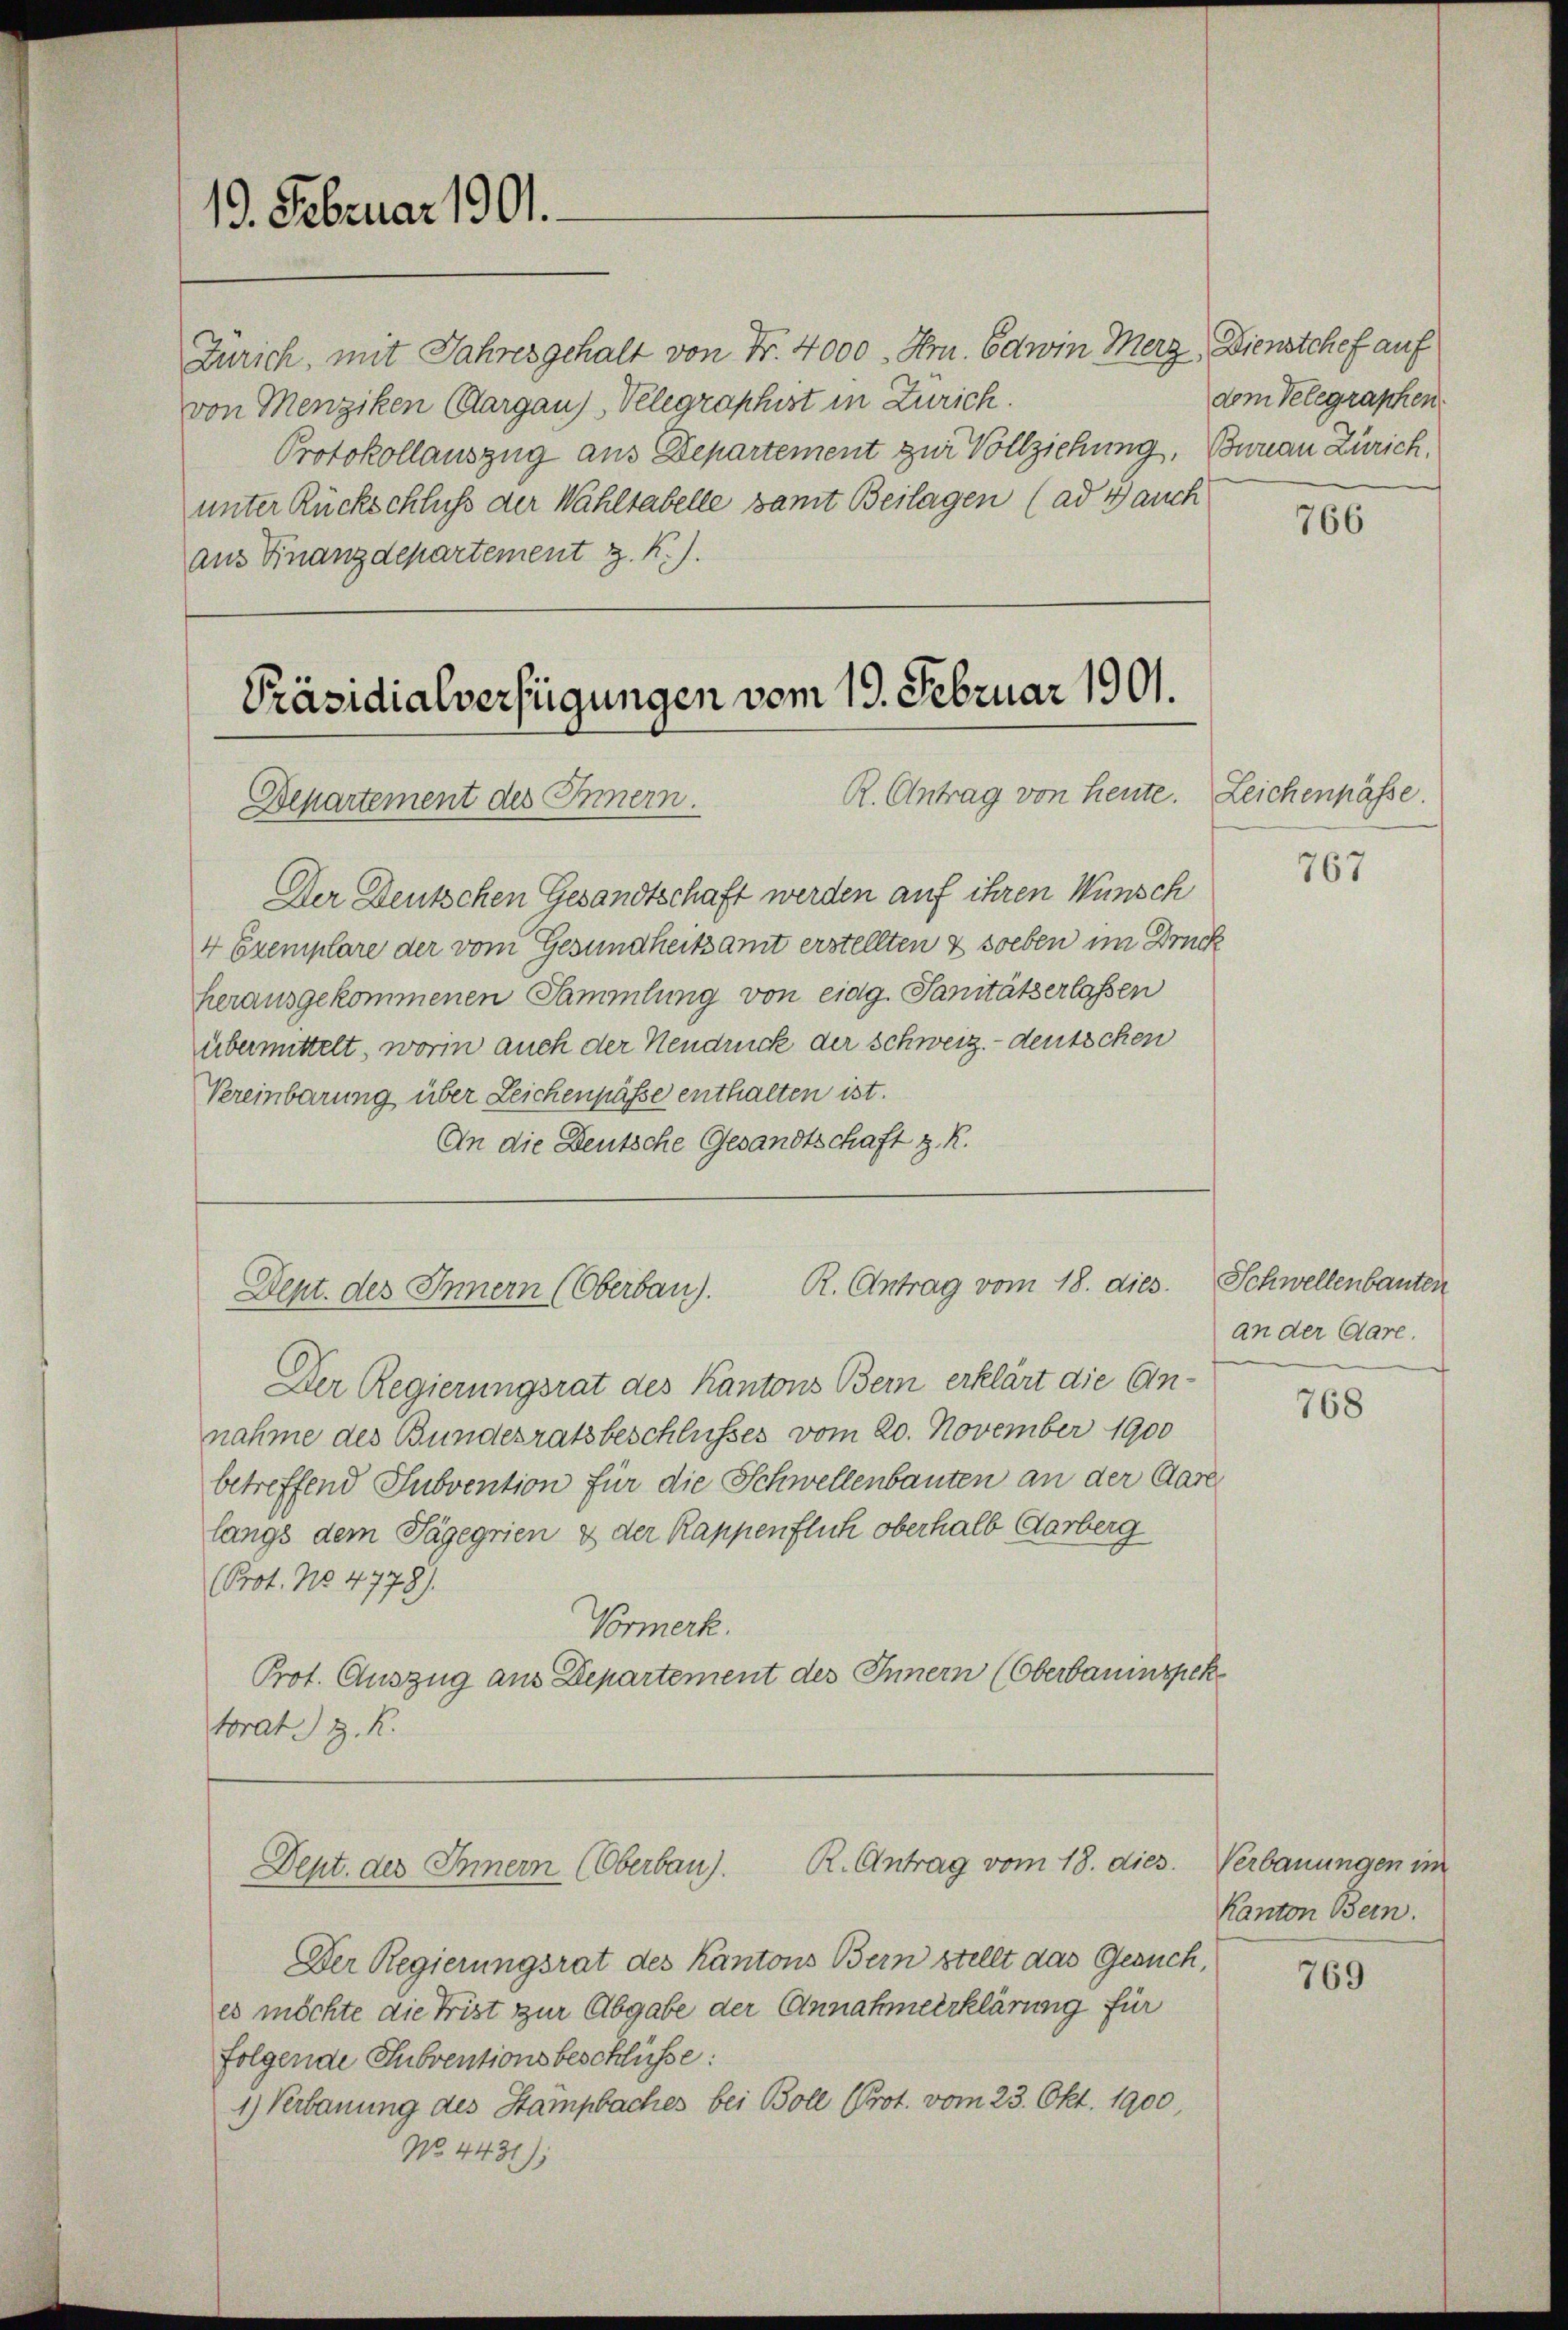
13. Februar 1901.

Zürich, mit Jahres gehalt von Fr. 4000. Hrn. Edwin Merz, Dienstchef auf
von Menziken Cargau)Velegraphist in Zürich.
Protokollauszug aus Departement zur Vollziehung, Bureau Zürich,
unter Rückschluß der Wahltabelle samt Beilagen (ad 4 auch
aus Finanzdepartement z. K.).

Präsidialverfügungen vom 19. Februar 1901.
R. Antrag von heute. Zeichenpässe.
Departement des Innern.

R. Antrag vom 18. dies
Dept. des Innern (Oberbau).

Der Deutschen Gesandtschaft werden auf ihren Wünsch
4 Exemplare der vom Gesundheitsamt erstellten & soeben im Druck
herausgekommenen Sammlung von eidg. Sanitäterlassen
übermittelt, worin auch der Neudruck der Schweiz.- deutschen
Vereinbarung über Zeichenpässe enthalten ist.
An die Deutsche Gesandtschaft z. R.

Der Regierungsrat des Kantons Bern erklärt die Einnahme des Bundesratsbeschlusses vom 20. November 1900
betreffend Subvention für die Schwellenbauten an der Gare
langs dem Tägegrien & der Kappenflich oberhalb Aarberg
(Prot. No. 4778).
Vormerk.
Prot. Auszug aus Departement des Innern (Oberbauinspektorat. H. R.

Der Regierungsrat des Kantons Bern stellt das Gesuch,
es möchte die Frist zur Abgabe der Annahmeerklärung für
folgende Subventionsbeschlüsse:
1) Verbauung des Stampfaches bei Boll (Prot. vom 23. Okt. 1900,
No. 4431)

R. Antrag vom 18. dies
Dept. des Innern (Oberbau).

dem Telegraphen

766

767

Schwellenbauten
an der Gare.

768

Verbauungen im
Kanton Bern.

769